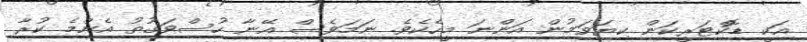
އަކީ ޑޮކްޓަރީކަން ކިޔަވަމުން އަންނަ މީހެކެވެ. ނަމަވެސް އޭނާ ހުސްވަގުތު އެންމެ ކުރާ